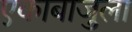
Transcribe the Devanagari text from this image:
एकाबाजुला